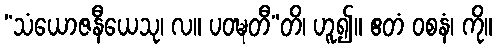
“သံယောဇနီယေသု၊ လ။ ပဝဍ္ဎတီ”တိ၊ ဟူ၍။ ဧတံ ဝစနံ၊ ကို။